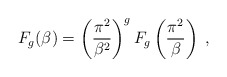
\begin{align*}F_{g}(\beta)=\left(\frac{\pi^{2}}{\beta^{2}}\right)^{g}F_{g}\left(\frac{\pi^{2}}{\beta}\right)\;,\end{align*}